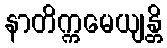
နာတိက္ကမေယျန္တိ